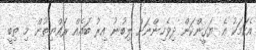
އެކަމަކު އެ ޔަގީންކަން ދިވެހިންނަށް ލިބުނު އިރު ބައެއް ރައްޔިތުން މި ތިބީ